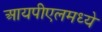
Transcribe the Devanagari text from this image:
आयपीएलमध्ये